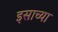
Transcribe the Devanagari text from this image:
इसाच्या